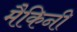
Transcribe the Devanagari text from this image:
मैकिनी